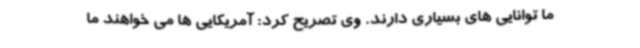
ما توانایی های بسیاری دارند. وی تصریح کرد: آمریکایی ها می خواهند ما